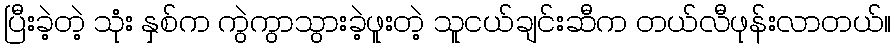
ပြီးခဲ့တဲ့ သုံး နှစ်က ကွဲကွာသွားခဲ့ဖူးတဲ့ သူငယ်ချင်းဆီက တယ်လီဖုန်းလာတယ်။